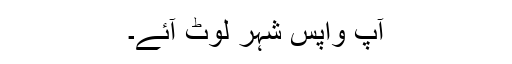
آپ واپس شہر لوٹ آئے۔